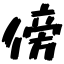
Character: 傍